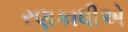
રણકાધીએ